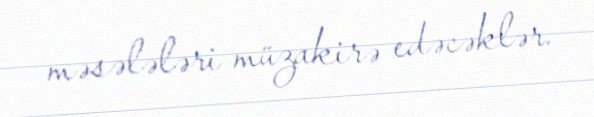
məsələləri müzakirə edəcəklər.